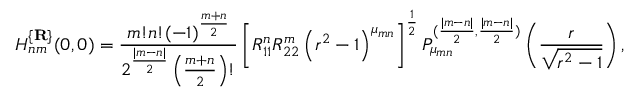
H _ { n m } ^ { \{ { \bf R } \} } ( 0 , 0 ) = \frac { m ! n ! ( - 1 ) ^ { \frac { m + n } 2 } } { 2 ^ { \frac { | m - n | } 2 } \left( \frac { m + n } 2 \right) ! } \left[ R _ { 1 1 } ^ { n } R _ { 2 2 } ^ { m } \left( r ^ { 2 } - 1 \right) ^ { \mu _ { m n } } \right] ^ { \frac 1 2 } P _ { \mu _ { m n } } ^ { ( \frac { | m - n | } 2 , \frac { | m - n | } 2 ) } \left( \frac r { \sqrt { r ^ { 2 } - 1 } } \right) ,